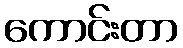
ကောင်းတာ